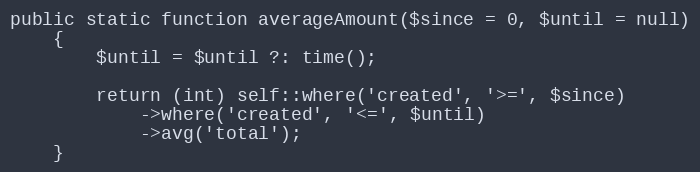
Language: PHP
public static function averageAmount($since = 0, $until = null)
    {
        $until = $until ?: time();

        return (int) self::where('created', '>=', $since)
            ->where('created', '<=', $until)
            ->avg('total');
    }